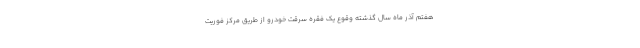
هفتم آذر ماه سال گذشته وقوع یک فقره سرقت خودرو از طریق مرکز فوریت